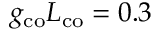
g _ { \mathrm { c o } } L _ { \mathrm { c o } } = 0 . 3